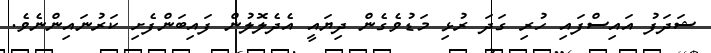
ޝަދަފު އައިސްފައި ހުރި ގަދަ ރުޅި މަޑުވެގެން ދިޔައީ އެދެލޮލުން ފައިބަންފެށި ކަރުނައިންނެވެ.